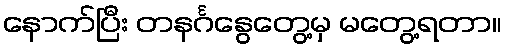
နောက်ပြီး တနင်္ဂနွေတွေ့မှ မတွေ့ရတာ။